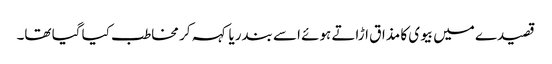
قصیدے میں بیوی کا مذاق اڑاتے ہوئے اسے بندریا کہہ کر مخاطب کیا گیا تھا۔